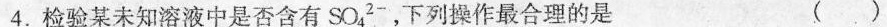
4.检验某未知溶液中是否含有SO_{4}^{2-}，下列操作最合理的是 ( )